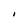
Character: I